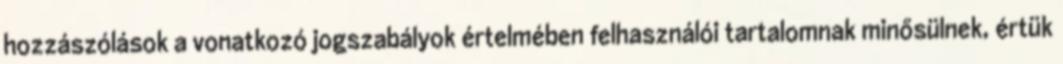
hozzászólások a vonatkozó jogszabályok értelmében felhasználói tartalomnak minősülnek, értük